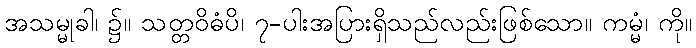
အသမ္မုခါ၊ ၌။ သတ္တဝိဓံပိ၊ ၇-ပါးအပြားရှိသည်လည်းဖြစ်သော။ ကမ္မံ၊ ကို။